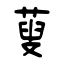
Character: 蓃